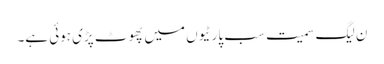
ن لیگ سمیت سب پارٹیوں میں پھوٹ پڑی ہوئی ہے۔